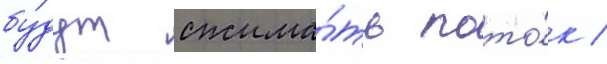
бу́дут сжима́ть пото́к /